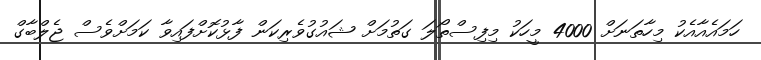
ހަމައެއާއެކު މިހާތަނަށް 4000 މީހަކު މިފިސްތޯލަ ގަތުމަށް ޝައުގުވެރިކަން ފާޅުކޮށްފައިވާ ކަމަށްވެސް ޖެލްބާގް